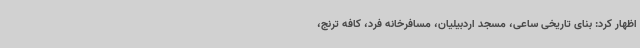
اظهار کرد: بنای تاریخی ساعی، مسجد اردبیلیان، مسافرخانه فرد، کافه ترنج،